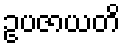
ဥပဇာယတိ